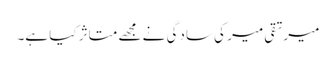
میرتقی میر کی سادگی نے مجھے متاثر کیا ہے۔